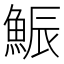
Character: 𩷩